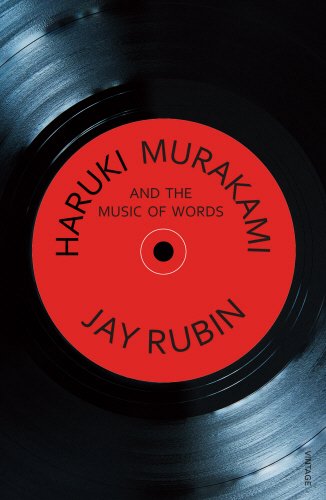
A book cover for Haruki Murakami and the Music of Words; Jay Rubin; Biographies & Memoirs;